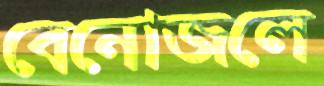
বেনোজলে